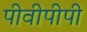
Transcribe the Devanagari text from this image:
पीवीपीपी